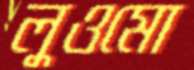
লুওমো